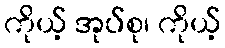
ကိုယ့် အုပ်စု၊ ကိုယ့်